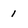
Character: 1